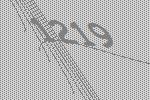
1219